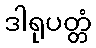
ဒါရုပတ္တံ